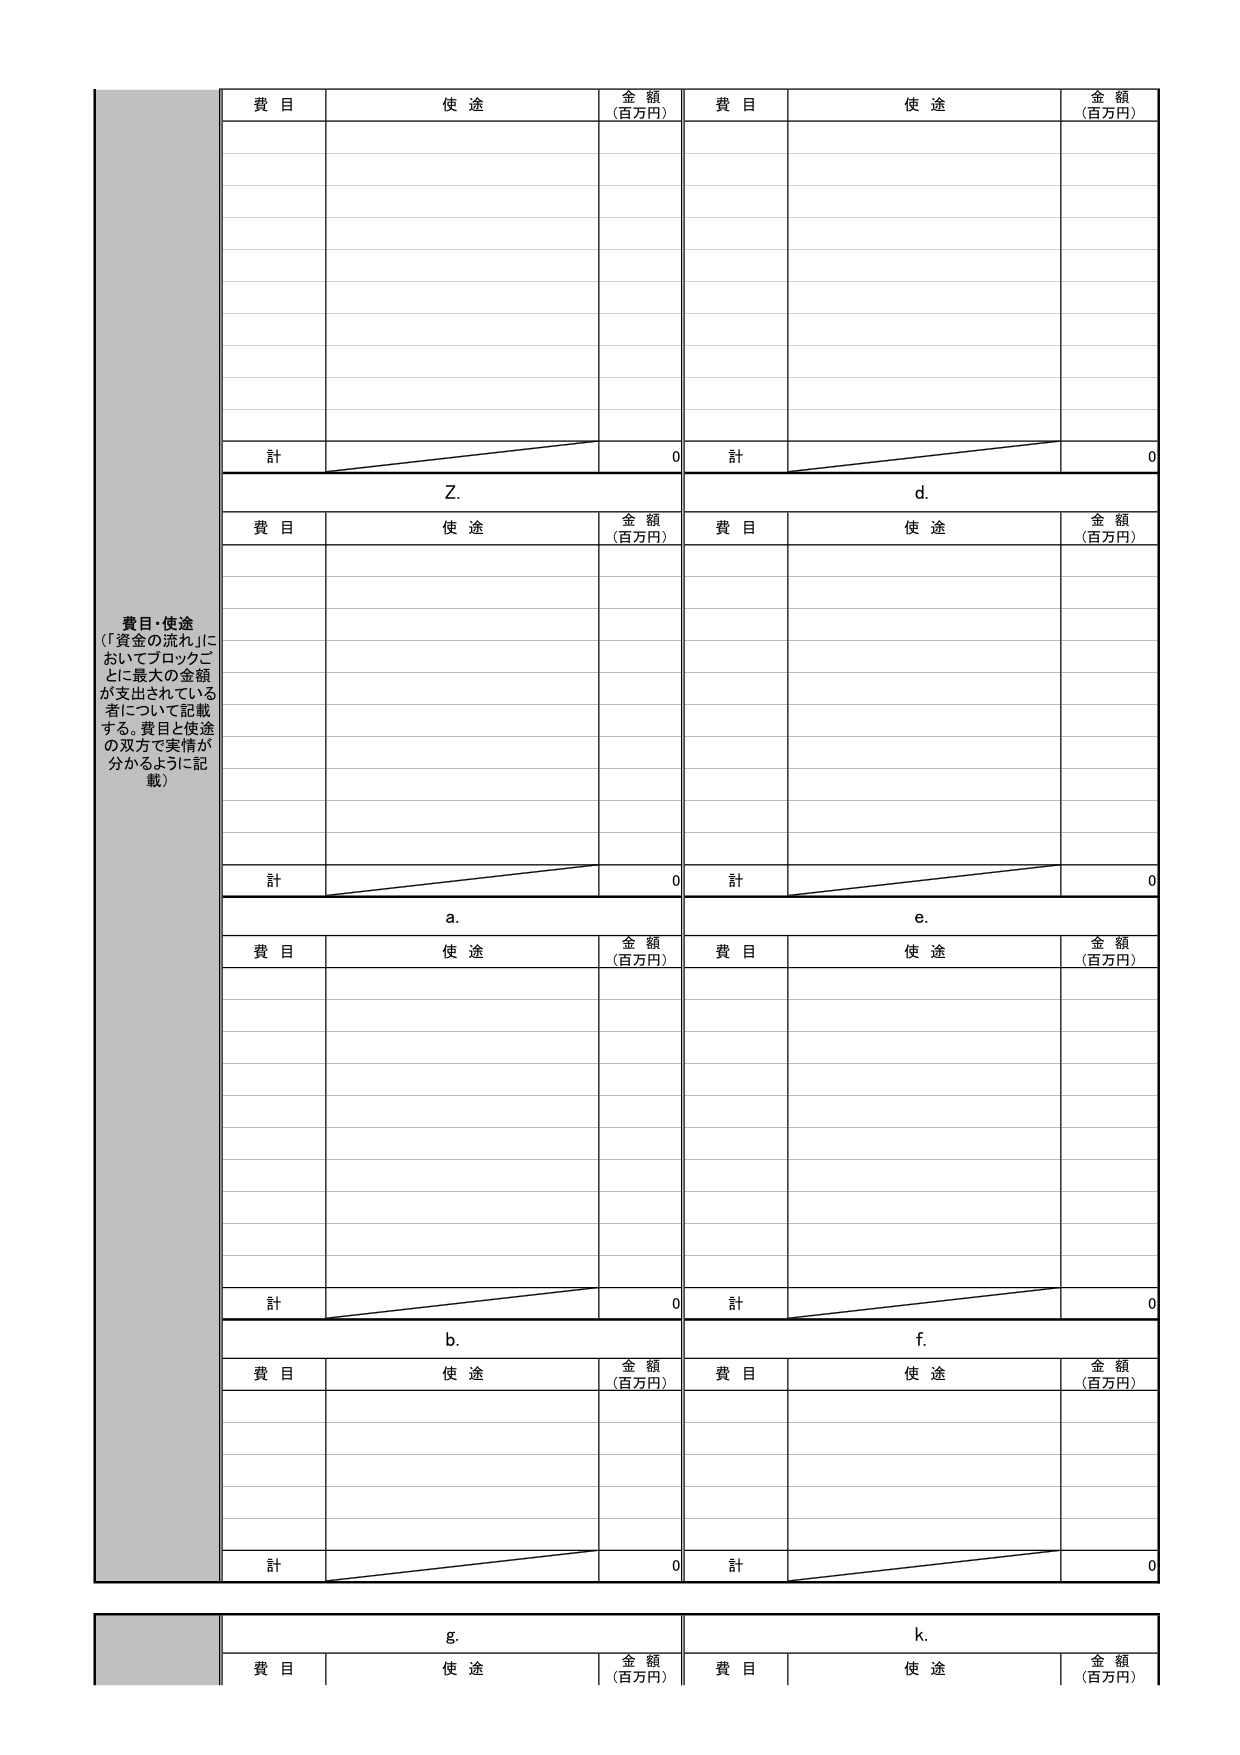
費目・使途
（「資金の流れ」においてブロックごとに最大の金額が支出されている者について記載する。費目と使途の双方で実情が分かるように記載）

費目　　使途　　金額（百万円）